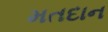
મતદાન